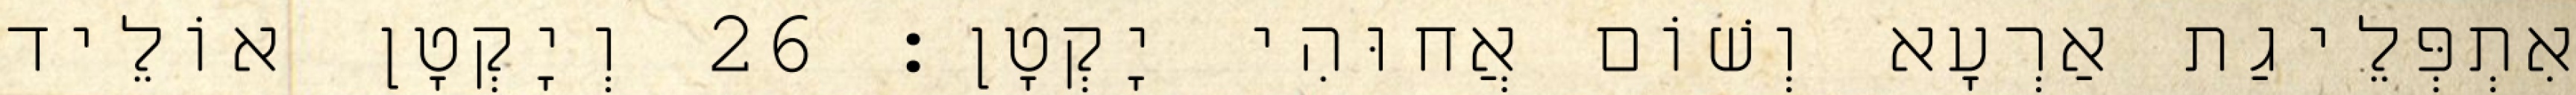
אִתְפְּלֵיגַת אַרְעָא וְשׁוֹם אֲחוּהִי יָקְטָן׃ 26 וְיָקְטָן אוֹלֵיד